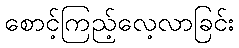
စောင့်ကြည့်လေ့လာခြင်း